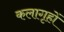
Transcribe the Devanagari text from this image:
कलागृहों